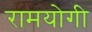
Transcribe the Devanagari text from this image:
रामयोगी